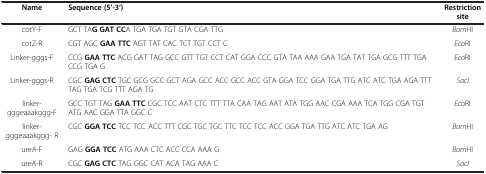
| Name | Sequence (5’-3’) | Restriction site |
 | --- | --- | --- |
 | cotY-F | GCT TAG GAT CCA TGA TGA TGT GTA CGA TTG | BamHI |
 | cotZ-R | CGT AGC GAA TTC AGT TAT CAC TCT TGT CCT C | EcoRI |
 | Linker-gggs-F | CCG GAA TTC ACG GAT TAG GCC GTT TGT CCT CAT GGA CCC GTA TAA AAA GAA TGA TAT TGA GCG TTT TGA CCG TGA G | EcoRI |
 | Linker-gggs-R | CGC GAG CTC TGC GCG GCC GCT AGA GCC ACC GCC ACC GTA GGA TCC GGA TGA TTG ATC ATC TGA AGA TTT TAG TGA TCG TTT AGA TG | SacI |
 | linker-gggeaaakggg-F | GCC TGT TAG GAA TTC CGC TCC AAT CTC TTT TTA CAA TAG AAT ATA TGG AAC CGA AAA TCA TGG CGA TGT ATG AAC GGA TTA GGC C | EcoRI |
 | linker- gggeaaakggg- R | CGC GGA TCC TCC TCC ACC TTT CGC TGC TGC TTC TCC TCC ACC GGA TGA TTG ATC ATC TGA AG | BamHI |
 | ureA-F | GAG GGA TCC ATG AAA CTC ACC CCA AAA G | BamHI |
 | ureA-R | CGC GAG CTC TAG GGC CAT ACA TAG AAA C | SacI |